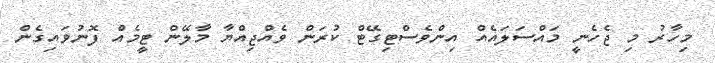
މިހާރު މި ޖެހެނީ މައްސަލައެއް އިންވެސްޓިގޭޓް ކުރަން ވެއްޖިއްޔާ މާލޭން ޓީމެއް ފޮނުވައިގެން